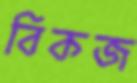
বিকজ